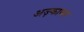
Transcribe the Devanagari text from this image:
अज़्काबन